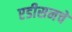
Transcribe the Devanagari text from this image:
एडीसनचे